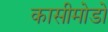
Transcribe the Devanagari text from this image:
कासीमोडो